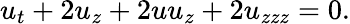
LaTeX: u_{t}+2u_{z}+2uu_{z}+2u_{zzz}=0.